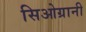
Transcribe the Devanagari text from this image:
सिओग्रानी